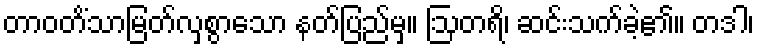
တာဝတိံသာမြတ်လှစွာသော နတ်ပြည်မှ။ ဩတရိ၊ ဆင်းသက်ခဲ့၏။ တဒါ၊